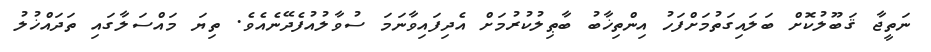
ނަތީޖާ ޤަބޫލުކޮށް ބަލައިގަތުމަށްފަހު އިންތިޚާބު ބާޠިލުކުރުމަށް އެދިފައިވާނަމަ ސުވާލުއުފެދޭނެއެވެ. ތިޔަ މައްސަލާގައި ތަދައްޚުލު